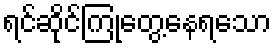
ရင်ဆိုင်ကြုံတွေ့နေရသော